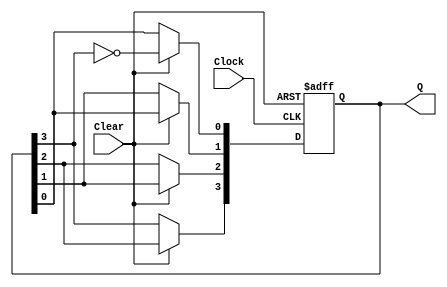
// Module Name:    Johnson_Counter 

module Johnson_Counter(Clock,Clear,Q);
	input Clock,Clear;
	output reg [3:0] Q;
	always @(posedge Clock or negedge Clear)
	begin
		if(Clear == 0)
			Q <= 4'b0;
		else if(Clear == 1'b1)
		begin
			Q[3] <= Q[2];
			Q[2] <= Q[1];
			Q[1] <= Q[0];
			Q[0] <= ~Q[3];
		end
	end
endmodule